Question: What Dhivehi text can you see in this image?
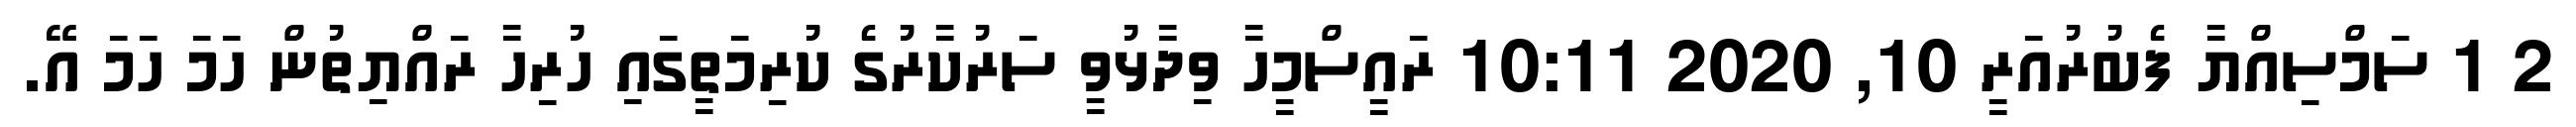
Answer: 2 1 ސަމްސިއްޔާ ފެބުރުއަރީ 10, 2020 10:11 ރައީސްމީހާ ވިދާޅުވީ ސަރުކާރުގެ ކުރިމަތީގައި ހުރިހާ ރައްޔިތުން ހަމަ ހަމަ އޭ.